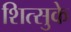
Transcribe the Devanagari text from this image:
शित्सुके